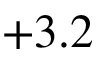
+ 3 . 2